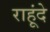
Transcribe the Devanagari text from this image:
राहूंदे